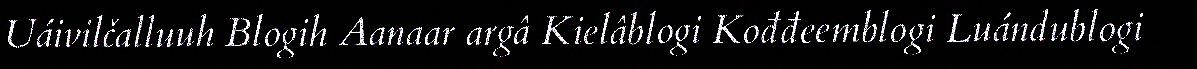
Uáivilčalluuh Blogih Aanaar argâ Kielâblogi Kođđeemblogi Luándublogi